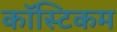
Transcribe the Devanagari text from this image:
कॉस्टिकम